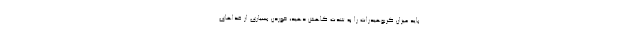
باید میزان کربوهیدرات را به شدت کاهش دهید، خوردن بسیاری از غذاهای